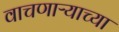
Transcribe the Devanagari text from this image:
वाचणाऱ्याच्या